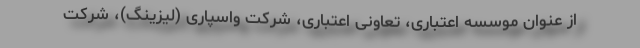
از عنوان موسسه اعتباری، تعاونی اعتباری، شرکت واسپاری (لیزینگ)، شرکت